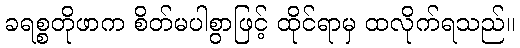
ခရစ္စတိုဖာက စိတ်မပါစွာဖြင့် ထိုင်ရာမှ ထလိုက်ရသည်။